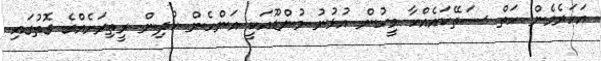
އަހަރެމެން ހަތް ސަތޭކައެއްހާ މީހުން އުޅުނު މުންޑޫއަކީ އަންހެން ކުދިން ރީތިރަށެއްގެ ގޮތުގައި